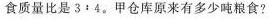
食质量比是3:4。甲仓库原来有多少吨粮食?